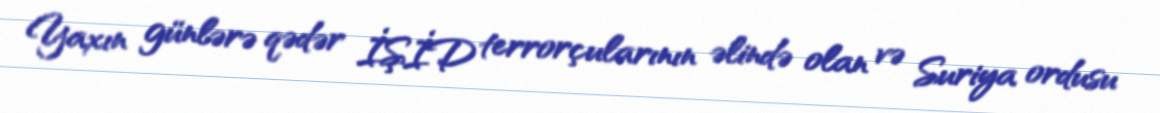
Yaxın günlərə qədər İŞİD terrorçularının əlində olan və Suriya ordusu